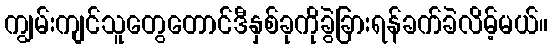
ကျွမ်းကျင်သူတွေတောင်ဒီနှစ်ခုကိုခွဲခြားရန်ခက်ခဲလိမ့်မယ်။